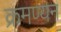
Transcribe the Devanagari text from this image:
क्रमण्यन